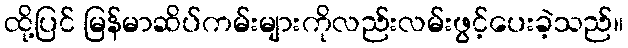
ထို့ပြင် မြန်မာဆိပ်ကမ်းများကိုလည်းလမ်းဖွင့်ပေးခဲ့သည်။